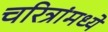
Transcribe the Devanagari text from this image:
चरित्रांमध्ये